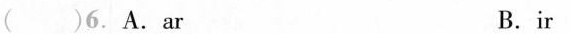
()6. A.ar B.ir